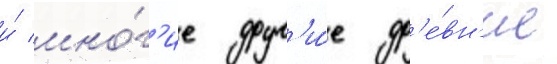
и́ мно́г'ие друг'и́е др'е́вн'ие